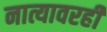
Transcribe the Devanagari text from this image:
नात्यावरही